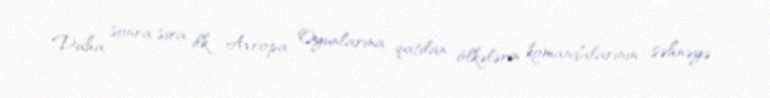
Daha sonra sıra ilk Avropa Oyunlarına qatılan ölkələrin komandalarının səhnəyə